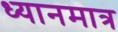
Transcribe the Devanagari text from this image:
ध्यानमात्र